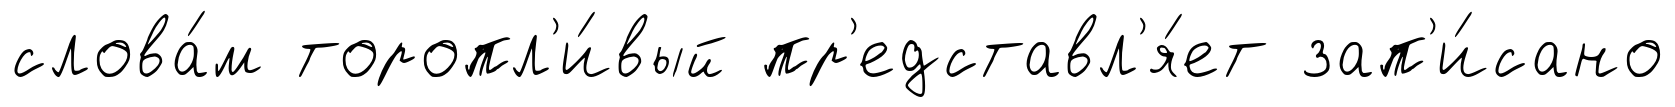
слова́м торопл'и́вый пр'едставл'я́ет зап'и́сано